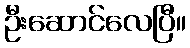
ဦးဆောင်လေပြီ။